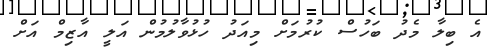
އެ ބިލާ މެދު ބަހުސް ކުރުމަށް މިއަދު ހުޅުވާލުމުން އަލީ އާޒިމް އަށް